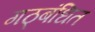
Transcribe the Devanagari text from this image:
गठ्बंधित